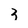
Character: 3